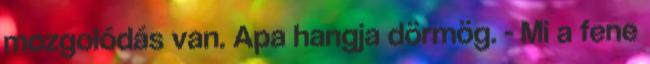
mozgolódás van. Apa hangja dörmög. - Mi a fene